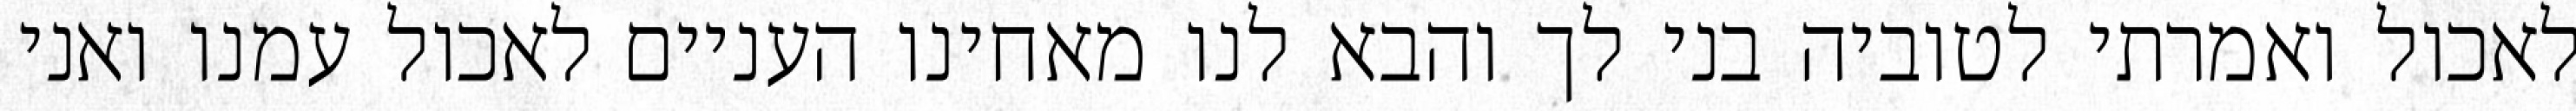
לאכול ואמרתי לטוביה בני לך והבא לנו מאחינו העניים לאכול עמנו ואני